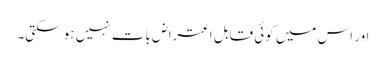
اور اس میں کوئی قابل اعتراض بات نہیں ہو سکتی۔